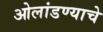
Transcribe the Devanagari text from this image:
ओलांडण्याचे